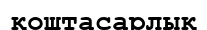
қоштасарлық